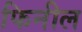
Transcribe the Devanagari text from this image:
फिनील